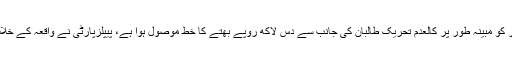
2014ء)صوبائی دارالحکومت کے رہائشی ڈاکٹر شبیر انور کو مبینہ طور پر کالعدم تحریک طالبان کی جانب سے دس لاکھ روپے بھتے کا خط موصول ہوا ہے، پیپلزپارٹی نے واقعہ کے خلاف پنجاب اسمبلی سیکرٹریٹ میں تحریک التوا جمع کرادی ۔